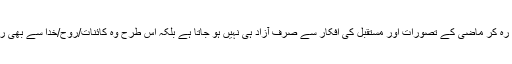
انسان لمحہِ حاضر میں رہ کر ماضی کے تصورات اور مستقبل کی افکار سے صرف آزاد ہی نہیں ہو جاتا ہے بلکہ اس طرح وہ کائنات/روح/خدا سے بھی رابطہ قائم کر سکتا ہے۔